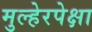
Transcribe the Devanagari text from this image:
मुल्हेरपेक्षा